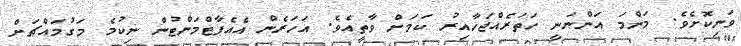
ވަނިކޮށެވެ. މަންމަ އަންނަނީ ހަތަރެއްޖަހާއިރު ކަމަށް ވާތީއެވެ. އަހަރެން އެއެޕާޓްމަންޓުން ނިކުމެ މަގުމައްޗަށް